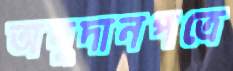
অনুদানপত্রে